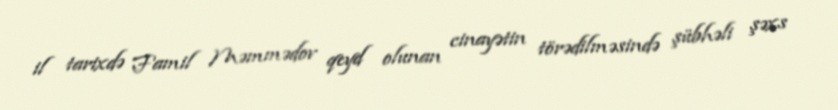
il tarixdə Famil Məmmədov qeyd olunan cinayətin törədilməsində şübhəli şəxs